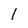
Character: I